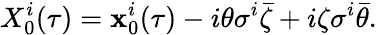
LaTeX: X_{0}^{i}(\tau)=\mathbf{x}_{0}^{i}(\tau)-i\theta\sigma^{i}\bar{{\zeta}}+i\zeta\sigma^{i}\bar{{\theta}}.